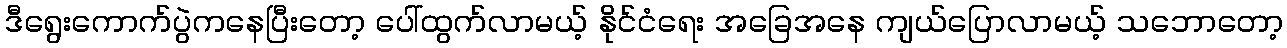
ဒီရွေးကောက်ပွဲကနေပြီးတော့ ပေါ်ထွက်လာမယ့် နိုင်ငံရေး အခြေအနေ ကျယ်ပြောလာမယ့် သဘောတော့